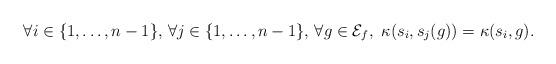
LaTeX: \begin{align*} \forall i \in \{1, \ldots , n-1\}, \, \forall j \in \{1, \ldots , n-1\}, \, \forall g \in \mathcal{E}_f, \ \kappa (s_i, s_j(g))=\kappa (s_i, g).\end{align*}